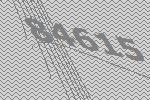
84615